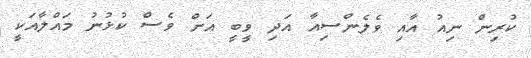
ކުރިން ނިއު އާއި ވެލެންސިއާ އަދި ވީބީ އަށް ވެސް ކުޅުނު މައްލާއަކީ